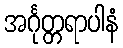
အင်္ဂုတ္တရာပါနံ